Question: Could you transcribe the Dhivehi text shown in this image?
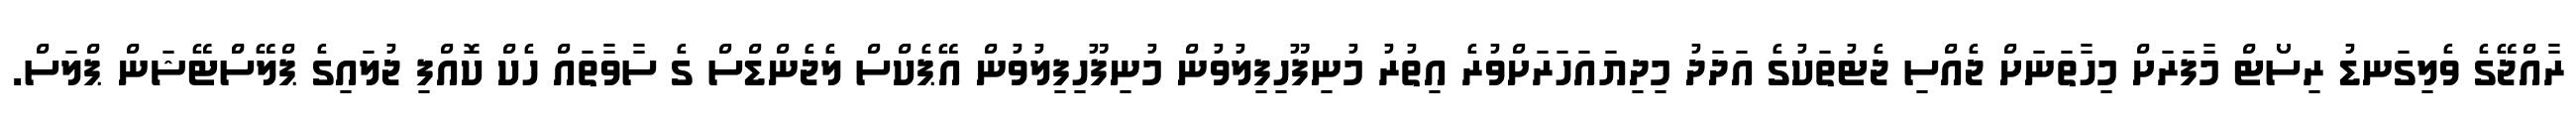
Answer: ރާއްޖޭގެ ވެލިގަނޑު ރިސޯޓް މާފަރަށް މިހާތަނަށް ޖެއްސި ޖެޓުތަކުގެ އަދަދު މިދިޔައަހަރަށްވުރެ އިތުރު މުނިފޫހިފިލުވުން މުނިފޫހިފިލުވުން އޭޕެކްސް ލެޖެންޑްސް ގެ ސާވާތައް ހެކް ކޮއްފި ޖުލައިގެ ޕްލޭސްްޓޭޝަން ޕްލަސް.